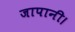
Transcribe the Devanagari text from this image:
जापानी।